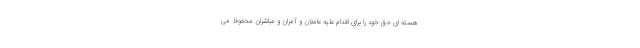
هسته ای حق خود را برای اقدام علیه عاملان و آمران و مباشران محفوظ می